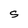
Character: S